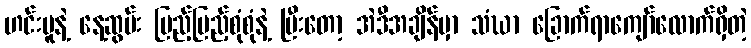
ဟင်းပူနဲ့ နေ့ဆွမ်း ပြည့်ပြည့်စုံစုံနဲ့ ပြီးတော့ အဲဒီအချိန်မှာ သံဃာ ခြောက်ရာကျော်လောက်ရှိတဲ့